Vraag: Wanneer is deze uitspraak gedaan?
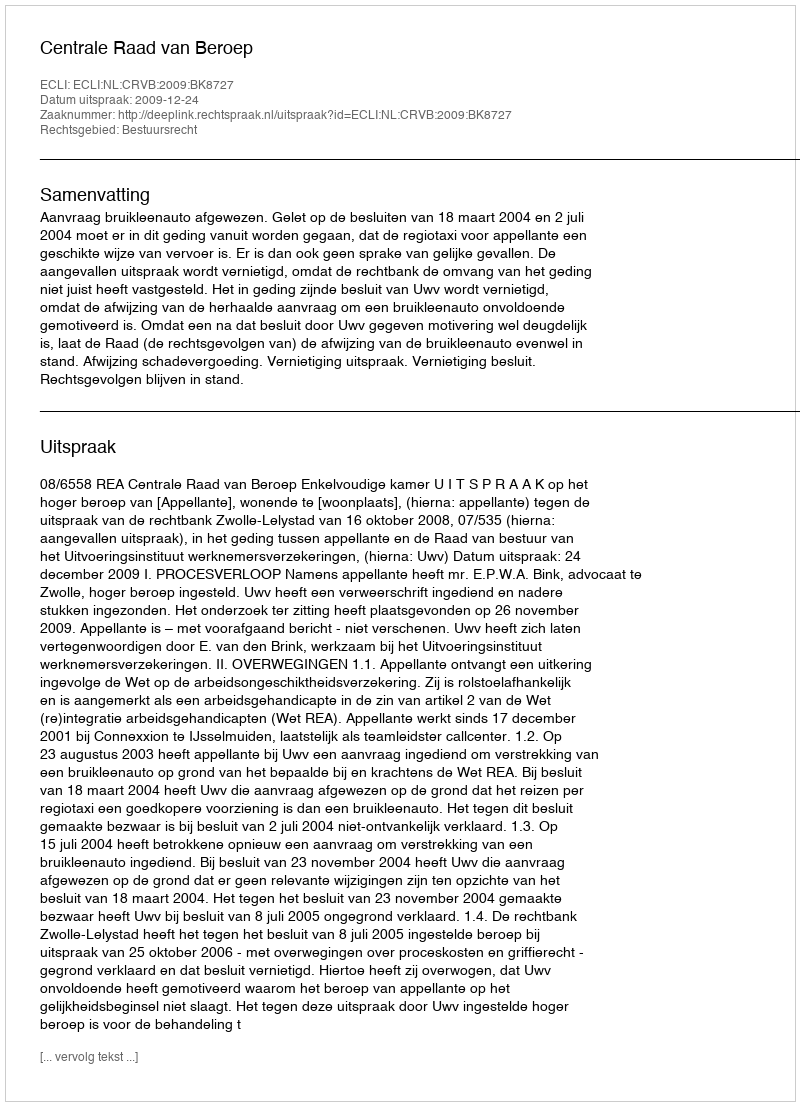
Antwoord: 2009-12-24